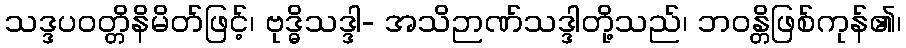
သဒ္ဒပဝတ္တိနိမိတ်ဖြင့်၊ ဗုဒ္ဓိသဒ္ဒါ- အသိဉာဏ်သဒ္ဒါတို့သည်၊ ဘဝန္တိဖြစ်ကုန်၏၊